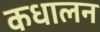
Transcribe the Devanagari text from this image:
कधालन